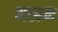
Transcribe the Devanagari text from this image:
मह्हन